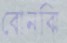
বোনঝি